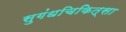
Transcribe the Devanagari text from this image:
सुगंधचिकित्सा